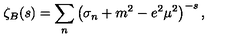
\zeta _ { B } ( s ) = \sum _ { n } \left( \sigma _ { n } + m ^ { 2 } - e ^ { 2 } \mu ^ { 2 } \right) ^ { - s } ,